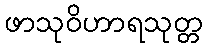
ဖာသုဝိဟာရသုတ္တ